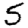
Digit: 5